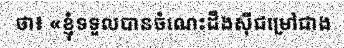
ថា៖ «ខ្ញុំទទួលបានចំណេះដឹងស៊ីជម្រៅជាង